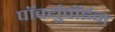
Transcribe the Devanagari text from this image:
पॉर्क्युपॉईन